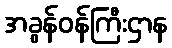
အခွန်ဝန်ကြီးဌာန